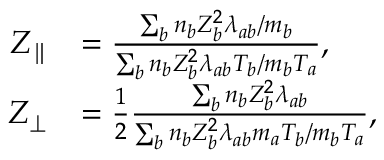
\begin{array} { r l } { Z _ { \parallel } } & { = \frac { \sum _ { b } n _ { b } Z _ { b } ^ { 2 } \lambda _ { a b } / m _ { b } } { \sum _ { b } n _ { b } Z _ { b } ^ { 2 } \lambda _ { a b } T _ { b } / m _ { b } T _ { a } } , } \\ { Z _ { \perp } } & { = \frac { 1 } { 2 } \frac { \sum _ { b } n _ { b } Z _ { b } ^ { 2 } \lambda _ { a b } } { \sum _ { b } n _ { b } Z _ { b } ^ { 2 } \lambda _ { a b } m _ { a } T _ { b } / m _ { b } T _ { a } } , } \end{array}